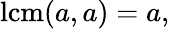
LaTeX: \operatorname{lcm}(a,a)=a,